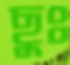
ছুঃ